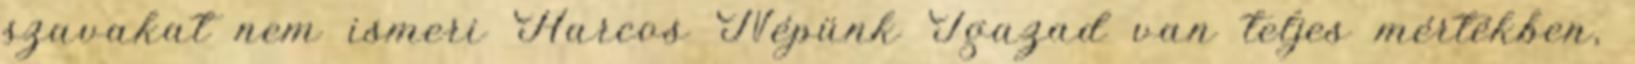
szavakat nem ismeri Harcos Népünk Igazad van teljes mértékben,